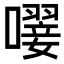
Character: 𡁕